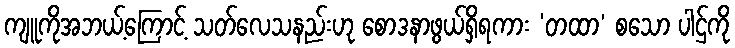
ကျူကိုအဘယ့်ကြောင့် သတ်လေသနည်းဟု စောဒနာဖွယ်ရှိရကား ‘တထာ’ စသော ပါဌ်ကို